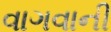
વાગવાની